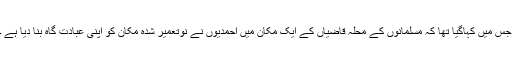
جس میں کہاگیا تھا کہ مسلمانوں کے محلہ قاضیاں کے ایک مکان میں احمدیوں نے نوتعمیر شدہ مکان کو اپنی عبادت گاہ بنا دیا ہے ۔